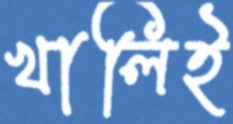
খালিই